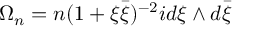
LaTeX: \Omega _ { n } = n ( 1 + \xi \bar { \xi } ) ^ { - 2 } i d \xi \wedge d \bar { \xi }